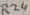
Text: R24